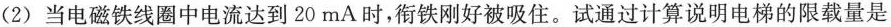
(2)当电磁铁线圈中电流达到20mA时，衔铁刚好被吸住。试通过计算说明电梯的限载量是